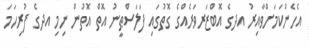
އެހެންކަމަށްވާއިރު އދގެ އޮބްޒަރވަރެއްގެ ގޮތުގައި ފަލަސްޠީނު އޮތް އޮތުން ނިމި އދގެ ފުރިހަމަ